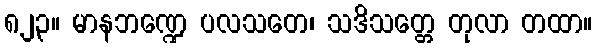
၈၂၃။ မာနဘဏ္ဍေ ပလသတေ၊ သဒိသတ္တေ တုလာ တထာ။